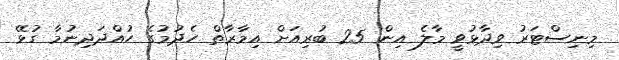
މިނިސްޓަރު ވިދާޅުވީ މާލެ އިން 25 ބުރިއަށް އިމާރާތް ހެދުމުގެ ހުއްދަދިނުމާ ގުޅޭ